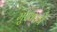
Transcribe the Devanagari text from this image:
मुखपत्रे